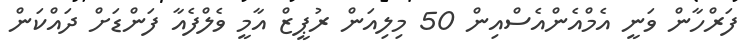
ފަރްހާން ވަނީ އެމްއެންއެސްއިން 50 މިލިއަން ރުޕީޒް އާމީ ވެލްފެއާ ފަންޑަށް ދައްކަން